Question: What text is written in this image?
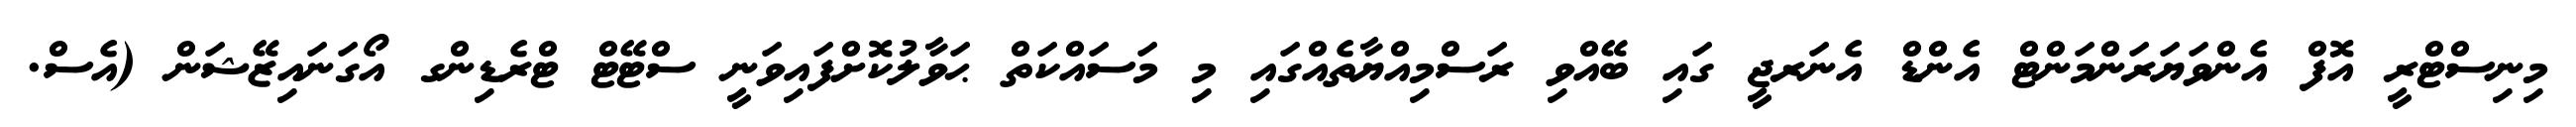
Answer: މިނިސްޓްރީ އޮފް އެންވަޔަރަންމަންޓް އެންޑް އެނަރޖީ ގައި ބޭއްވި ރަސްމިއްޔާތެއްގައި މި މަސައްކަތް ޙަވާލުކޮށްފައިވަނީ ސްޓޭޓް ޓްރެޑިންގ އޯގަނައިޒޭޝަން (އެސް.